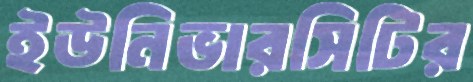
ইউনিভারসিটির